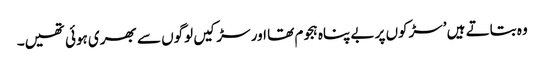
وہ بتاتے ہیں ’سڑکوں پر بے پناہ ہجوم تھا اور سڑکیں لوگوں سے بھری ہوئی تھیں۔